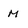
Character: M